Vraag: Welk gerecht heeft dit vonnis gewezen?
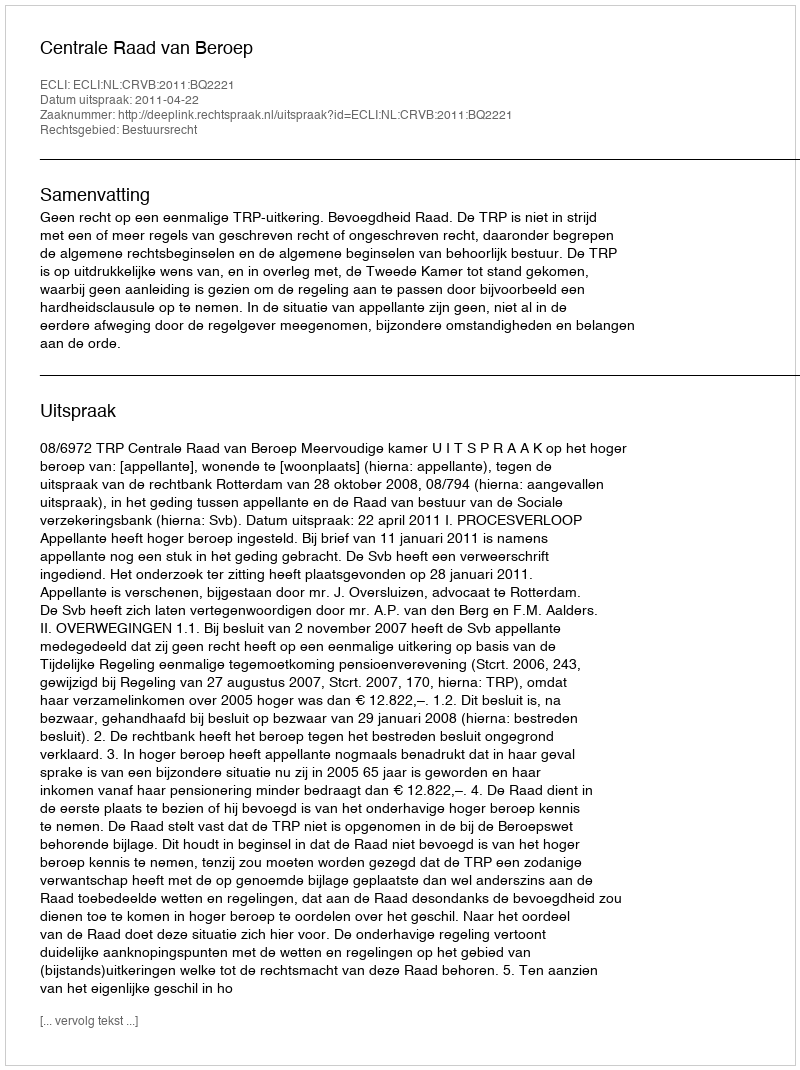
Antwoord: Centrale Raad van Beroep